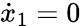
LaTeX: \dot{x}_{1}=0